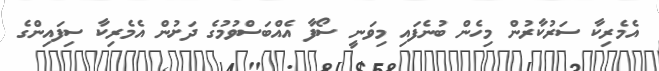
އެމެރިކާ ސަރުކާރުން މިހެން ބުނެފައި މިވަނީ ސޯފާ އެއްބަސްވުމުގެ ދަށުން އެމެރިކާ ސިފައިންގެ